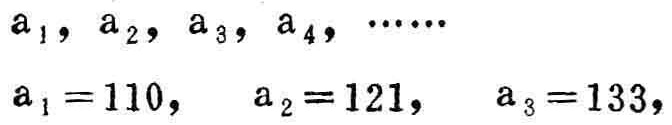
\(a_1, a_2, a_3, a_4, \cdots\)
\(a_1 = 110, \quad a_2 = 121, \quad a_3 = 133,\)